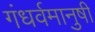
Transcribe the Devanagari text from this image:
गंधर्वमानुषी